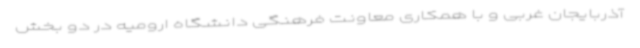
آذربایجان غربی و با همکاری معاونت فرهنگی دانشگاه ارومیه در دو بخش